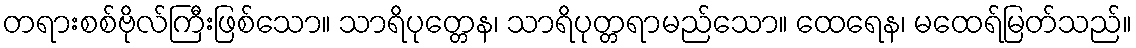
တရားစစ်ဗိုလ်ကြီးဖြစ်သော။ သာရိပုတ္တေန၊ သာရိပုတ္တရာမည်သော။ ထေရေန၊ မထေရ်မြတ်သည်။